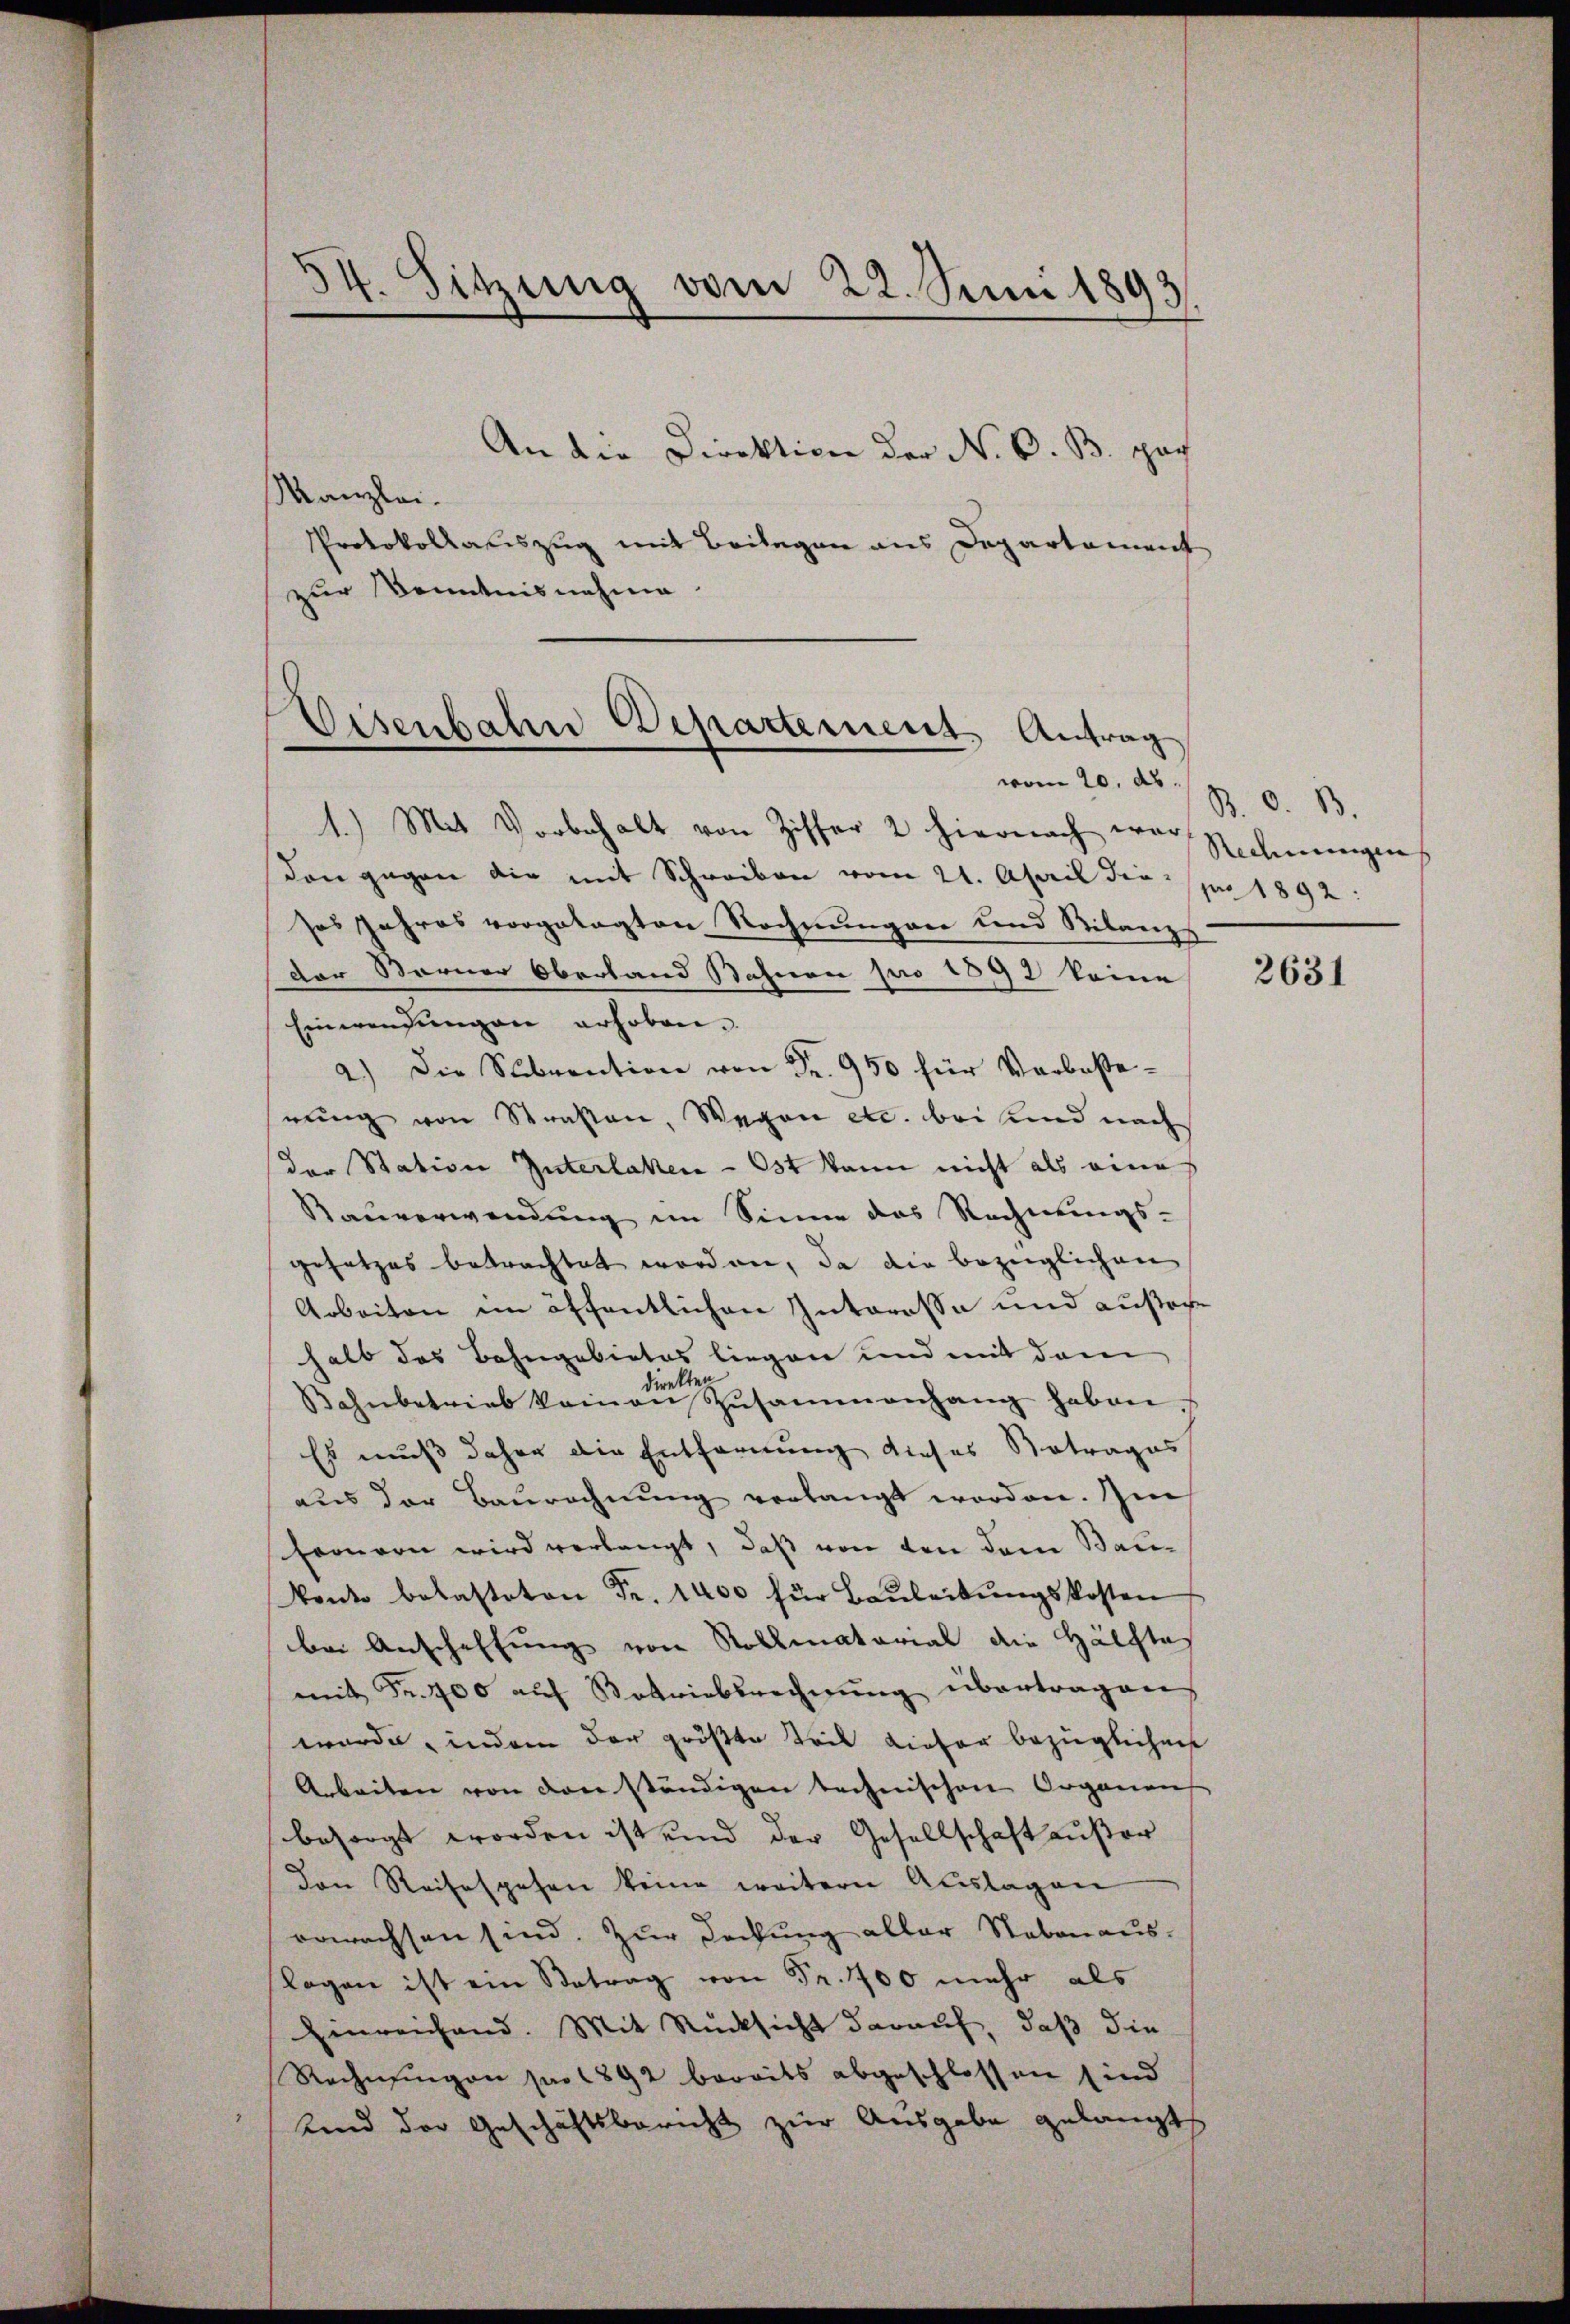
54. Sitzung vom 22. Juni 1893,
t

An die Direktione der N. O. B. Hoch
Kanzlei.
Protokollauszug mit Beilagen aus Departement
zur Kenntnisnahme

Eisenbahn Departement Antrag
vom 20. ds.

1.) Mit Vorbehalt von Ziffer 2 hiernach war,
den gegen die mit Schreiben vom 21. April diesos Jahres vorgelegten Rechnungen und Bilanzs
Der Berner Oberland Bahnen pro 1892 keine
Einwendungen erhoben.
2.) Die Subvention von Fr. 950 für Verboßerung von Straßen, Wegen etc. bei und nach
der Station Güterlaken - Ost kann nicht als eine
Rauverwendung im Sinne des Rechnungs-
gesetzes betrachtet worden, da die bezüglichen
Arbeiten im öffentlichen Interesse und außere
halb das Bahngebietes liegen und mit dem
direkten
Bahnbetrieb keinen Zusammenhang haben
Es muß daher die Entfernung dieses Betrages
aŭs der Baŭrechnŭng verlangt worden. Im
fernern wird verlangt, daß von den dem Baukanto belasteten Fr. 1400 für Baŭleitŭngskosten
bei Anschaffung von Rollmatorial die Hälfte
mit Fr. 400 aŭf Potriebsrechnŭng übertragen
wurde, indem der größte Teil Liefer bezüglichen
Arbeiten von den ständigen technischen Organen
besorgt worden ist und der Gesellschaft außer
Von Reisesgehen keine weitern Auslagen
erwachsen sind. Zur Dachung aller Stabenauslagen ist ein Betrag von Fr. 700 mehr als
hinreichend. Mit Rücksicht darauf, daß die
Rechnungen pro 1892 bereits abgeschlossen sind
Kind der Geschäftsbericht zur Ausgabe gelangt

B. O. B.
Rechnungen
pro 1892:

2631